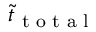
\tilde { t } _ { \textrm { t o t a l } }